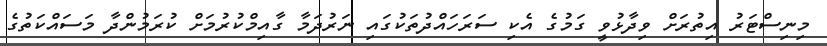
މިނިސްޓަރު އިތުރަށް ވިދާޅުވީ ގަމުގެ އެކި ސަރަހައްދުތަކުގައި ނަރުދަމާ ގާއިމްކުރުމަށް ކުރަމުންދާ މަސައްކަތުގެ